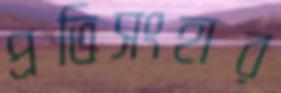
প্রতিসংহার